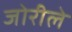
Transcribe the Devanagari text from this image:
जोरीले